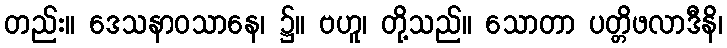
တည်း။ ဒေသနာဝသာနေ၊ ၌။ ဗဟူ၊ တို့သည်။ သောတာ ပတ္တိဖလာဒီနိ၊